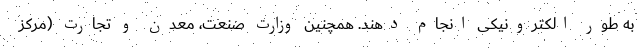
به طور الکترونیکی انجام دهند. همچنین وزارت صنعت، معدن و تجارت (مرکز